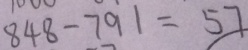
8 4 8 - 7 9 1 = 5 7